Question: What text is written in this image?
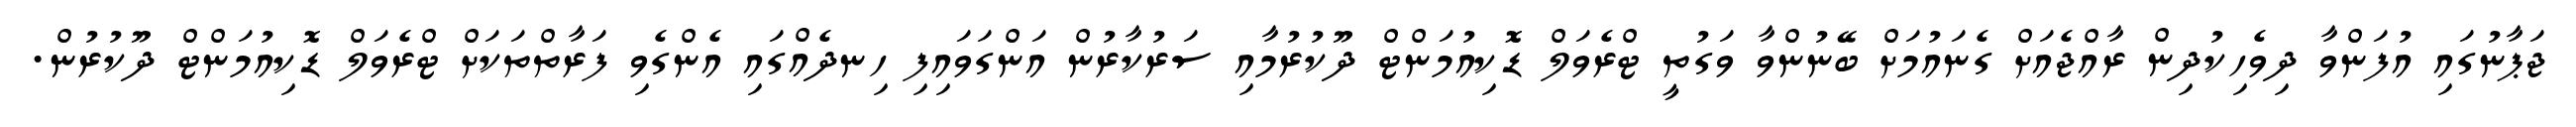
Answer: ޖަޕާނުގައި އުފަންވާ ދިވެހިކުދިން ރާއްޖެއަށް ގެނައުމަށް ބޭނުންވާ ވަގުތީ ޓްރެވަލް ޑޮކިއުމަންޓް ދޫކުރުމާއި ސަރުކާރުން އަންގަވައިފި ހިނދެއްގައި އެންގެވި ފަރާތްތަކަށް ޓްރެވަލް ޑޮކިއުމަންޓް ދޫކުރުން.